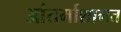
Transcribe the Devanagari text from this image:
आंतर्माशागत